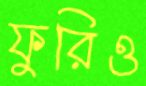
ফুরিও